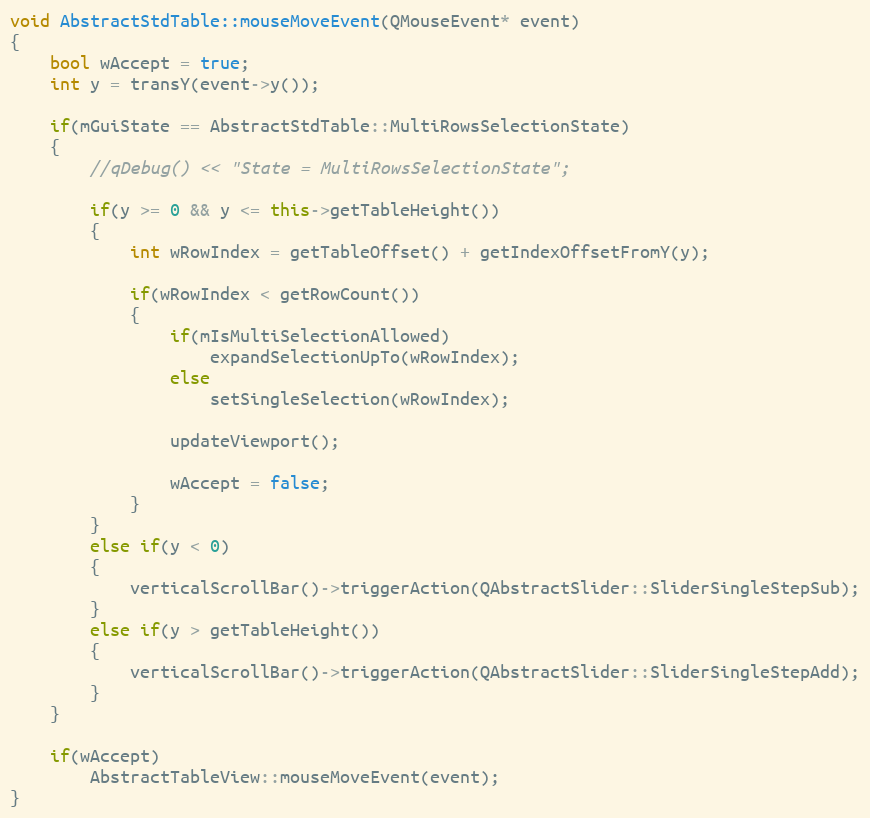
Language: C++
void AbstractStdTable::mouseMoveEvent(QMouseEvent* event)
{
    bool wAccept = true;
    int y = transY(event->y());

    if(mGuiState == AbstractStdTable::MultiRowsSelectionState)
    {
        //qDebug() << "State = MultiRowsSelectionState";

        if(y >= 0 && y <= this->getTableHeight())
        {
            int wRowIndex = getTableOffset() + getIndexOffsetFromY(y);

            if(wRowIndex < getRowCount())
            {
                if(mIsMultiSelectionAllowed)
                    expandSelectionUpTo(wRowIndex);
                else
                    setSingleSelection(wRowIndex);

                updateViewport();

                wAccept = false;
            }
        }
        else if(y < 0)
        {
            verticalScrollBar()->triggerAction(QAbstractSlider::SliderSingleStepSub);
        }
        else if(y > getTableHeight())
        {
            verticalScrollBar()->triggerAction(QAbstractSlider::SliderSingleStepAdd);
        }
    }

    if(wAccept)
        AbstractTableView::mouseMoveEvent(event);
}